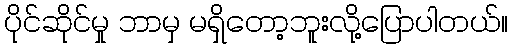
ပိုင်ဆိုင်မှု ဘာမှ မရှိတော့ဘူးလို့ပြောပါတယ်။